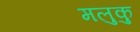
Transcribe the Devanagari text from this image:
मलुकु